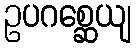
ဥပဂစ္ဆေယျ